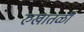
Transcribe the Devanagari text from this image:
रुखातळी